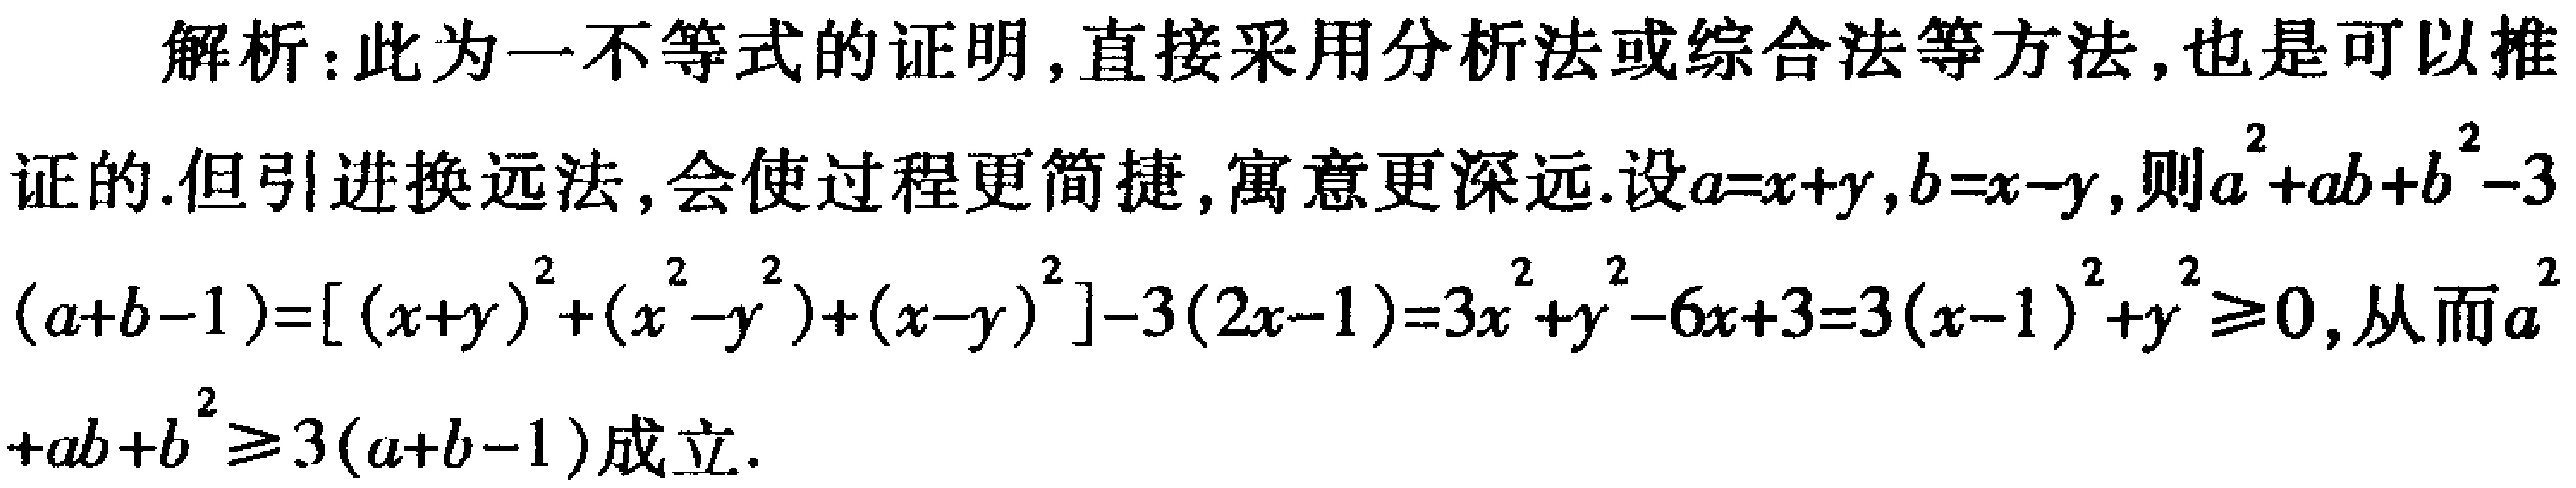
解析：此为一不等式的证明, 直接采用分析法或综合法等方法, 也是可以推证的. 但引进换元法, 会使过程更简捷, 寓意更深远. 设\(a = x + y\), \(b = x - y\), 则\(a^{2}+ab + b^{2}-3(a + b - 1)=[(x + y)^{2}+(x^{2}-y^{2})+(x - y)^{2}]-3(2x - 1)=3x^{2}+y^{2}-6x + 3=3(x - 1)^{2}+y^{2}\geq0\), 从而\(a^{2}+ab + b^{2}\geq3(a + b - 1)\)成立.